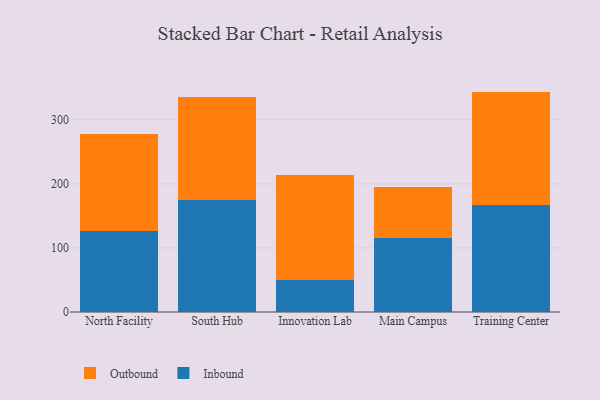
{"axis": {"x": "Campus", "y": "Humidity (%)"}, "legend": ["Inbound", "Outbound"], "data": [{"x": "North Facility", "y": 126.3, "type": "Inbound"}, {"x": "North Facility", "y": 151.6, "type": "Outbound"}, {"x": "South Hub", "y": 175.2, "type": "Inbound"}, {"x": "South Hub", "y": 160.8, "type": "Outbound"}, {"x": "Innovation Lab", "y": 50.3, "type": "Inbound"}, {"x": "Innovation Lab", "y": 164.2, "type": "Outbound"}, {"x": "Main Campus", "y": 116.0, "type": "Inbound"}, {"x": "Main Campus", "y": 79.3, "type": "Outbound"}, {"x": "Training Center", "y": 166.9, "type": "Inbound"}, {"x": "Training Center", "y": 177.2, "type": "Outbound"}]}